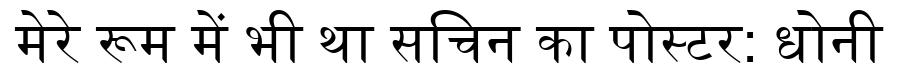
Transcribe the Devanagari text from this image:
मेरे रूम में भी था सचिन का पोस्टर: धोनी